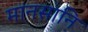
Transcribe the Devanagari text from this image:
मानसानि